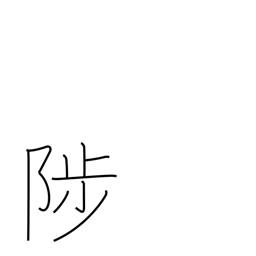
Meaning: rise